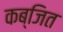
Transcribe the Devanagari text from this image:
कब्जित